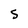
Character: S